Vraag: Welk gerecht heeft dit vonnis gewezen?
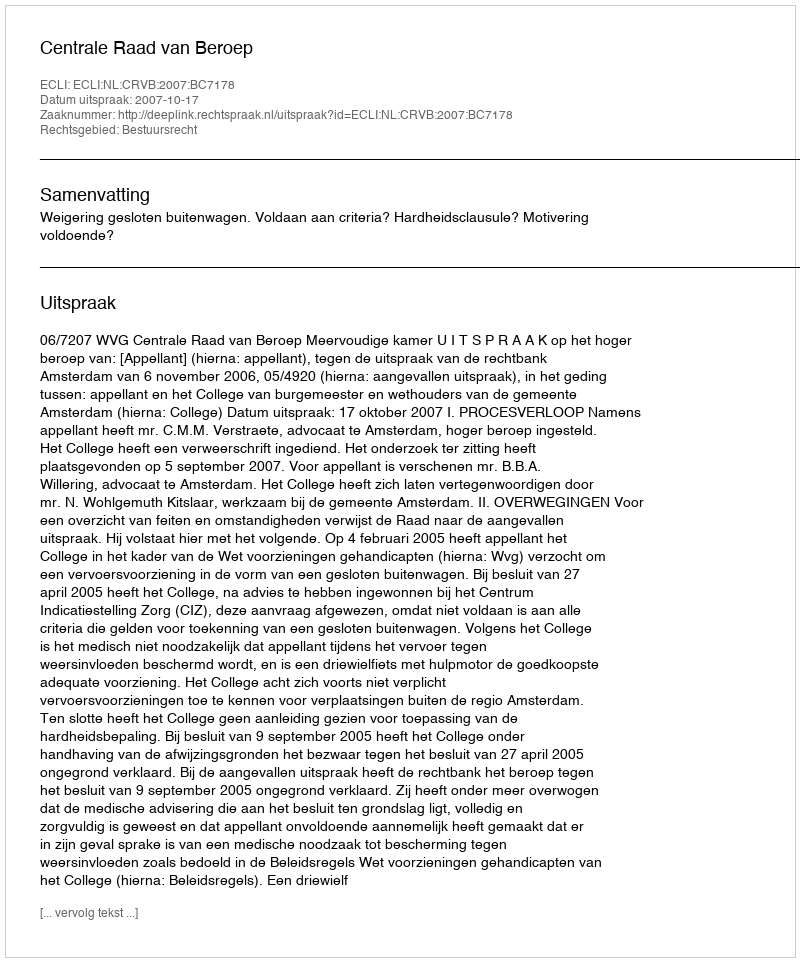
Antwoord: Centrale Raad van Beroep